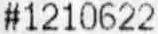
#1210622